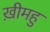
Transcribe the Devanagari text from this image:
ख़ीमहु